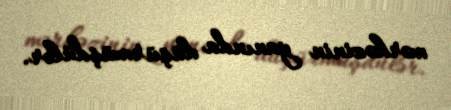
mərkəzinin yanında düşürmüşdülər.